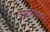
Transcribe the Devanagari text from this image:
जमातीतल्या